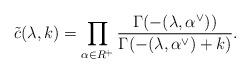
LaTeX: \begin{align*}\tilde c (\lambda,k) = \prod_{\alpha \in R^+} \frac{\Gamma(-(\lambda,\alpha^{\vee}))}{\Gamma(-(\lambda,\alpha^{\vee})+k)}.\end{align*}